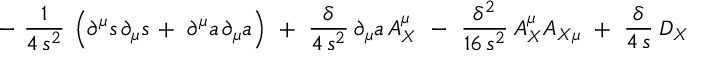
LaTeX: - \ \frac { 1 } { 4 \, s ^ { 2 } } \: \left( \partial ^ { \mu } s \, \partial _ { \mu } s \, + \ \partial ^ { \mu } a \, \partial _ { \mu } a \right) \ + \ \frac { \delta } { 4 \, s ^ { 2 } } \: \partial _ { \mu } a \, A _ { X } ^ { \mu } \ - \ \frac { \delta ^ { 2 } } { 1 6 \, s ^ { 2 } } \: A _ { X } ^ { \mu } A _ { X \mu } \ + \ \frac { \delta } { 4 \, s } \: D _ { X }